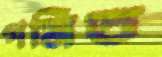
গমিত